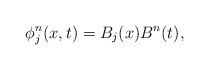
LaTeX: \begin{align*} \phi_{j}^{n}(x,t)=B_{j}(x)B^{n}(t), \end{align*}